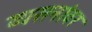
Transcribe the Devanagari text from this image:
व्यसनांवर